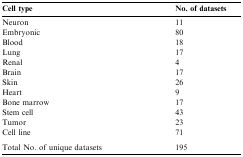
| Cell type | No. of datasets |
 | --- | --- |
 | Neuron | 11 |
 | Embryonic | 80 |
 | Blood | 18 |
 | Lung | 17 |
 | Renal | 4 |
 | Brain | 17 |
 | Skin | 26 |
 | Heart | 9 |
 | Bone marrow | 17 |
 | Stem cell | 43 |
 | Tumor | 23 |
 | Cell line | 71 |
 | <COLSPAN=2>  |
 | Total No. of unique datasets | 195 |